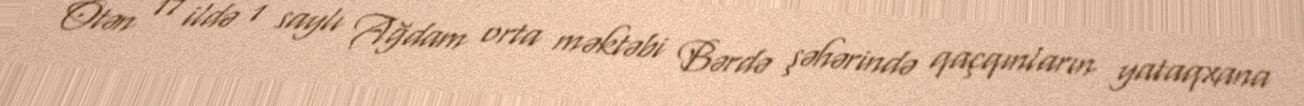
Ötən 17 ildə 1 saylı Ağdam orta məktəbi Bərdə şəhərində qaçqınların yataqxana